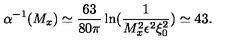
\alpha ^ { - 1 } ( M _ { x } ) \simeq \frac { 6 3 } { 8 0 \pi } \ln ( \frac { 1 } { M _ { x } ^ { 2 } \epsilon ^ { 2 } \xi _ { 0 } ^ { 2 } } ) \simeq 4 3 .